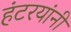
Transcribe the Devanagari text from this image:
हंटरयांनी